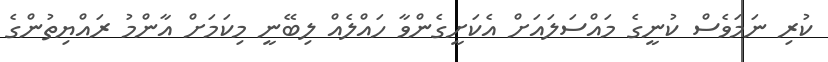
ކުރި ނަމަވެސް ކުނީގެ މައްސަލައަށް އެކަށީގެންވާ ހައްލެއް ލިބޭނީ މިކަމަށް އާންމު ރައްޔިތުންގެ